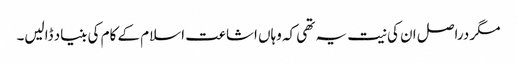
مگر دراصل ان کی نیت یہ تھی کہ وہاں اشاعت اسلام کے کام کی بنیاد ڈالیں۔